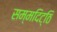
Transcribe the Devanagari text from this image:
सम्मदिट्ठि